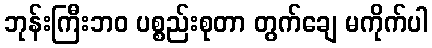
ဘုန်းကြီးဘဝ ပစ္စည်းစုတာ တွက်ချေ မကိုက်ပါ